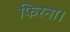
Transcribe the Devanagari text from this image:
फिरना।